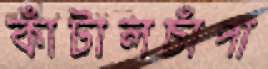
কাঁটালচাঁপা